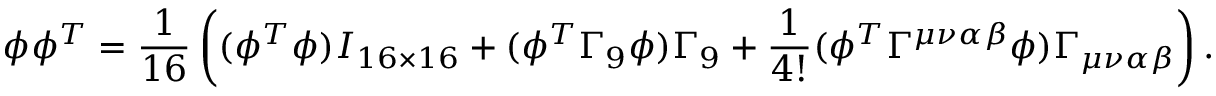
\phi \phi ^ { T } = \frac { 1 } { 1 6 } \left( ( \phi ^ { T } \phi ) I _ { 1 6 \times 1 6 } + ( \phi ^ { T } \Gamma _ { 9 } \phi ) \Gamma _ { 9 } + \frac { 1 } { 4 ! } ( \phi ^ { T } \Gamma ^ { \mu \nu \alpha \beta } \phi ) \Gamma _ { \mu \nu \alpha \beta } \right) .